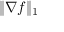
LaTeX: \| \nabla f \| _ { 1 }